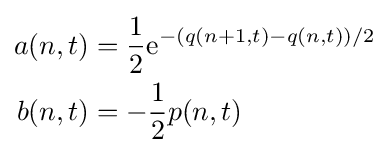
{\begin{aligned}a(n,t)&={\frac {1}{2}}{\rm {e}}^{-(q(n+1,t)-q(n,t))/2}\\b(n,t)&=-{\frac {1}{2}}p(n,t)\end{aligned}}